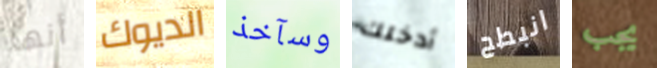
أنها الديوك وسآخذ أدخلك انبطح يجب